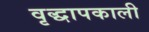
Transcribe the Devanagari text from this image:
वृद्धापकाली